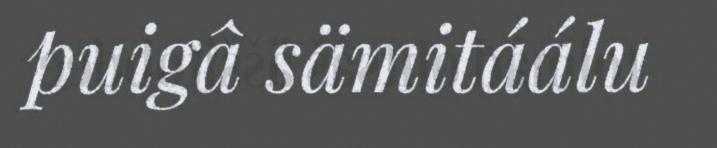
puigâ sämitáálu